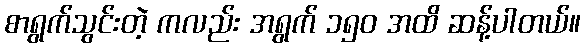
စာရွက်သွင်းတဲ့ ကလည်း အရွက် ၁၅ဝ အထိ ဆန့်ပါတယ်။